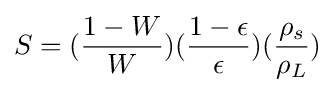
S=({\frac {1-W}{W}})({\frac {1-\epsilon }{\epsilon }})({\frac {\rho _{s}}{\rho _{L}}})